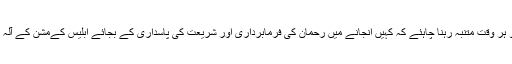
لہذا اہل ایمان کو ہر وقت متنبہ رہنا چاہئے کہ کہیں انجانے میں رحمان کی فرمابرداری اور شریعت کی پاسداری کے بجائے ابلیس کےمشن کے آلہ کارنہ بن جائیں۔